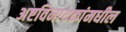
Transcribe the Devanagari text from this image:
अष्टविनायकांमधील